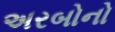
અરબોનો